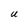
Character: U